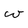
Character: w